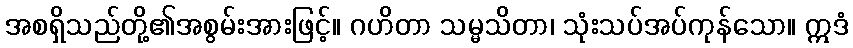
အစရှိသည်တို့၏အစွမ်းအားဖြင့်။ ဂဟိတာ သမ္မသိတာ၊ သုံးသပ်အပ်ကုန်သော။ ဣဒံ